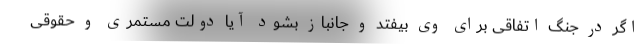
اگر در جنگ اتفاقی برای وی بیفتد و جانباز بشود آیا دولت مستمری و حقوقی